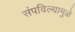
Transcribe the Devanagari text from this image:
संपविल्यामुळे